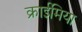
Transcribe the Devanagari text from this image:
क्राईमिया